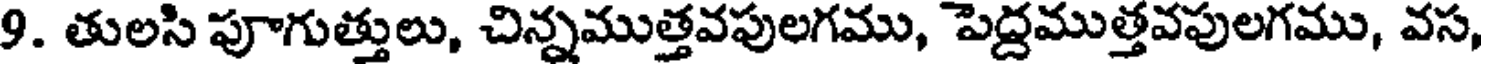
9. తులసి పూగుత్తులు, చిన్నముత్తవపులగము, పెద్దముత్తవపులగము, వస,